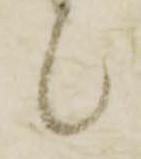
候